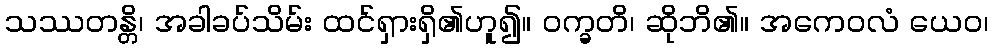
သဿတန္တိ၊ အခါခပ်သိမ်း ထင်ရှားရှိ၏ဟူ၍။ ဝက္ခတိ၊ ဆိုဘိ၏။ အကေဝလံ ယေဝ၊